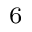
_ 6